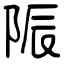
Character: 陙